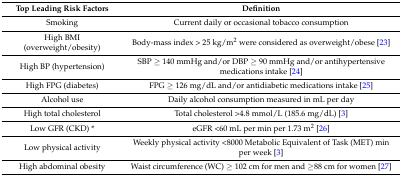
<table><thead><tr><td><b>Top Leading Risk Factors</b></td><td><b>Definition</b></td></tr></thead><tbody><tr><td>Smoking</td><td>Current daily or occasional tobacco consumption</td></tr><tr><td>High BMI (overweight/obesity)</td><td>Body-mass index &gt; 25 kg/m<sup>2</sup> were considered as overweight/obese [23]</td></tr><tr><td>High BP (hypertension)</td><td>SBP ≥ 140 mmHg and/or DBP ≥ 90 mmHg and/or antihypertensive medications intake [24]</td></tr><tr><td>High FPG (diabetes)</td><td>FPG ≥ 126 mg/dL and/or antidiabetic medications intake [25]</td></tr><tr><td>Alcohol use</td><td>Daily alcohol consumption measured in mL per day </td></tr><tr><td>High total cholesterol</td><td>Total cholesterol &gt;4.8 mmol/L (185.6 mg/dL) [3]</td></tr><tr><td>Low GFR (CKD) *</td><td>eGFR &lt;60 mL per min per 1.73 m<sup>2</sup> [26]</td></tr><tr><td>Low physical activity</td><td>Weekly physical activity &lt;8000 Metabolic Equivalent of Task (MET) min per week [3]</td></tr><tr><td>High abdominal obesity</td><td>Waist circumference (WC) ≥ 102 cm for men and ≥88 cm for women [27]</td></tr></tbody></table>